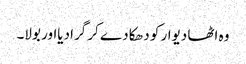
وہ اٹھا دیوار کو دھکا دے کر گرادیااور بولا۔